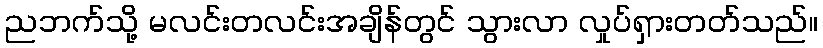
ညဘက်သို့ မလင်းတလင်းအချိန်တွင် သွားလာ လှုပ်ရှားတတ်သည်။